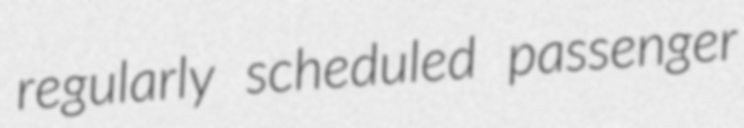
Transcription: regularly scheduled passenger